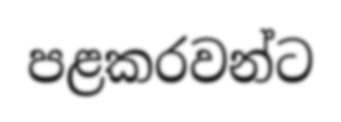
පළකරවන්ට